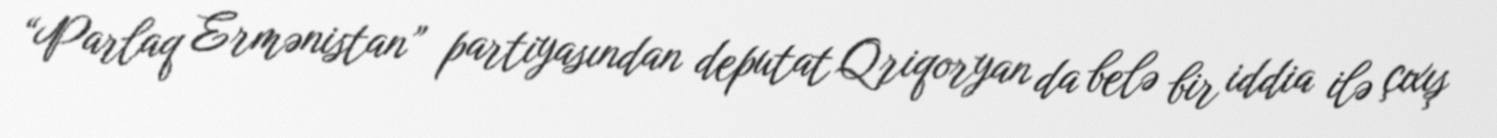
“Parlaq Ermənistan” partiyasından deputat Qriqoryan da belə bir iddia ilə çıxış